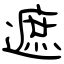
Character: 遮